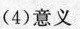
(4)意义